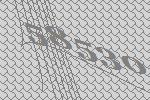
58530